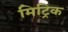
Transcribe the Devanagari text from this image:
मिट्रिक